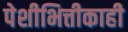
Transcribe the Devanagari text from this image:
पेशीभित्तीकाही